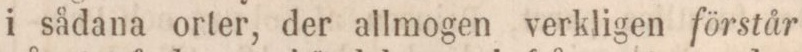
i sådana orter, der allmogen verkligen förstår